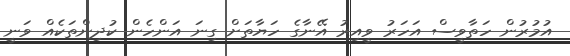
އުމުރުން ހަތާވީސް އަހަރު ވީއިރު އޭނާގެ ހަޔާތަށް ގިނަ އަންހެން ކުދިންތަކެއް ވަނީ